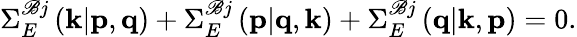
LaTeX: \Sigma_{E}^{\mathscr{B}j}\left(\textit{{\textbf{{k}}}}|\textit{{\textbf{{p}}}},\textit{{\textbf{{q}}}}\right)+\Sigma_{E}^{\mathscr{B}j}\left(\textit{{\textbf{{p}}}}|\textit{{\textbf{{q}}}},\textit{{\textbf{{k}}}}\right)+\Sigma_{E}^{\mathscr{B}j}\left(\textit{{\textbf{{q}}}}|\textit{{\textbf{{k}}}},\textit{{\textbf{{p}}}}\right)=0.